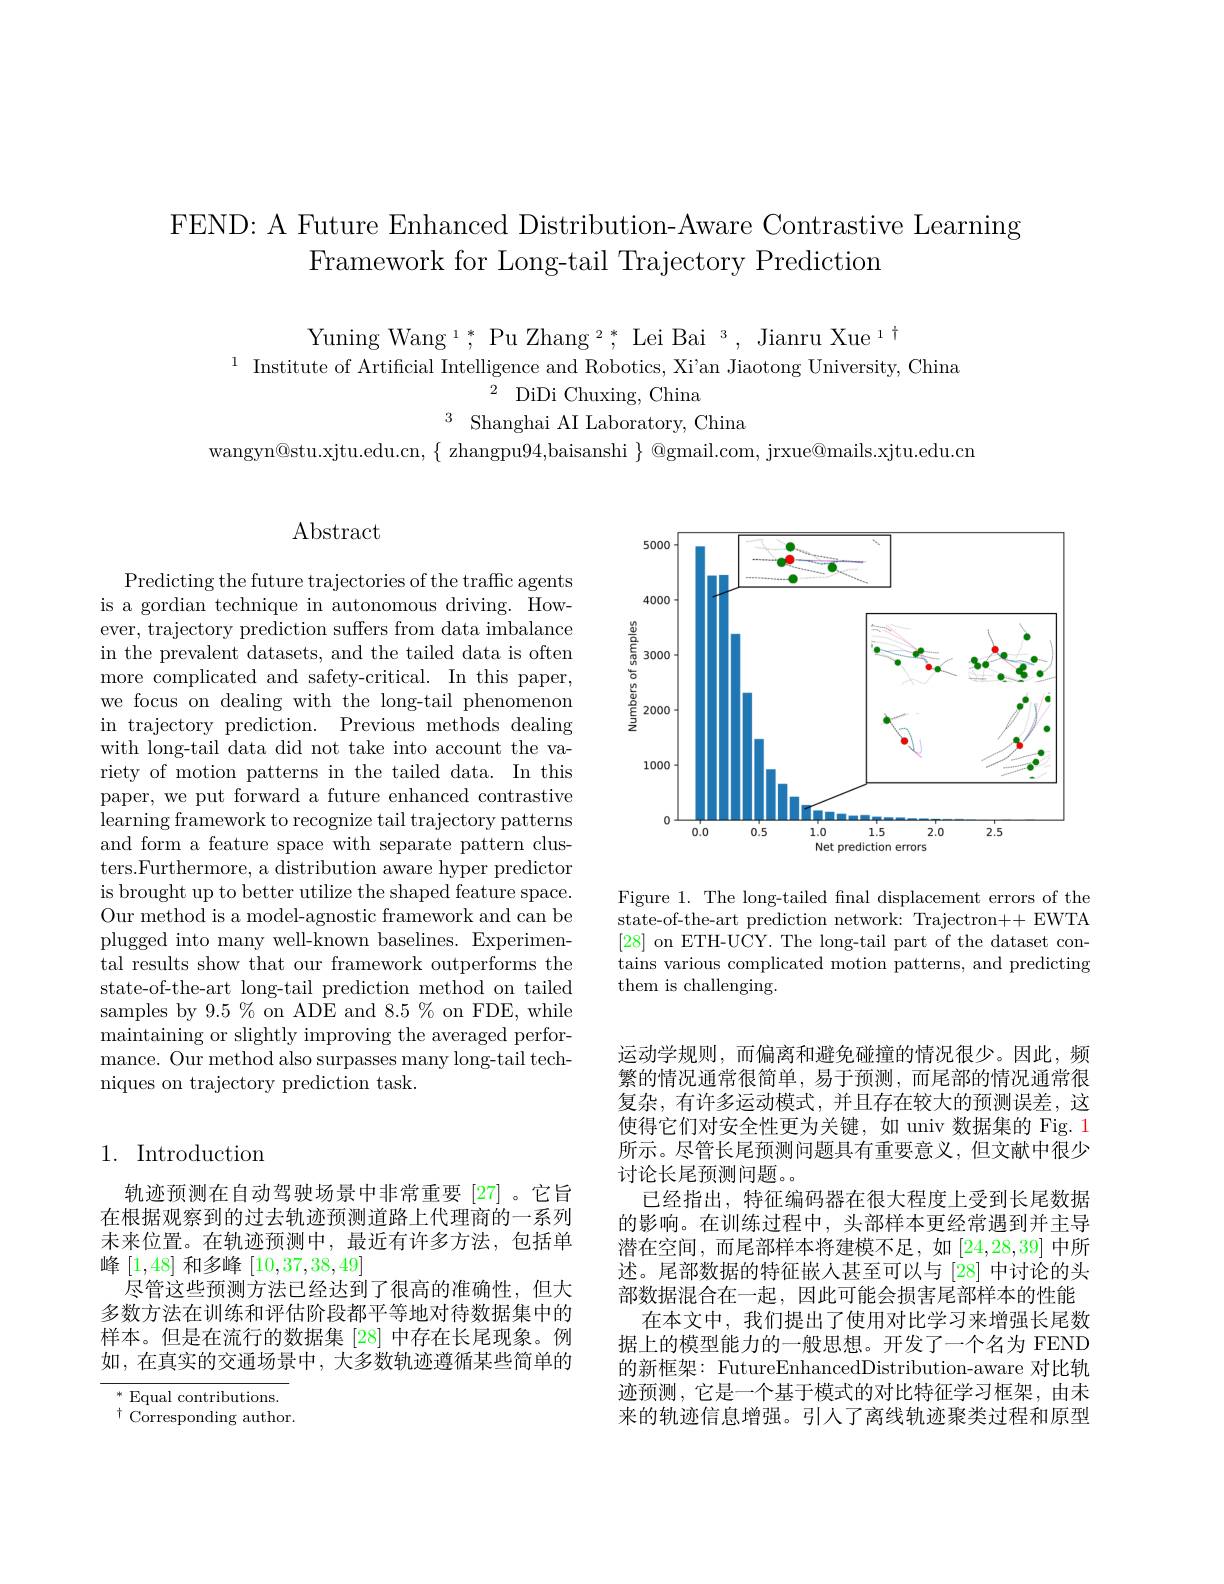
FEND: A Future Enhanced Distribution-Aware Contrastive Learning
Framework for Long-tail Trajectory Prediction

Yuning Wang $^1;\text{ Pu Zhang }^2,\text{ Lei Bai }^3$, Jianru Xue$^1\dagger$
$^{1}$ Institute of Artificial Intelligence and Robotics, Xi'an Jiaotong University, China
$^{2}$ DiDi Chuxing, China
$^{3}$ Shanghai AI Laboratory, China
wangyn@stu.xjtu.edu.cn, $\{$ zhangpu94,baisanshi $\}$ @gmail.com, jrxue@mails.xjtu.edu.cm

# $\operatorname{Abstract}$

Predicting the future trajectories of the traffic agents is a gordian technique in autonomous driving. However, trajectory prediction suffers from data imbalance in the prevalent datasets, and the tailed data is often more complicated and safety-critical. In this paper, we focus on dealing with the long-tail phenomenon in trajectory prediction. Previous methods dealing with long-tail data did not take into account the variety of motion patterns in the tailed data. In this paper, we put forward a future enhanced contrastive learning framework to recognize tail trajectory patterns and form a feature space with separate pattern clusters.Furthermore, a distribution aware hyper predictor is brought up to better utilize the shaped feature space. Our method is a model-agnostic framework and can be plugged into many well-known baselines. Experimental results show that our framework outperforms the state-of-the-art long-tail prediction method on tailed samples by $9.5\%$ on ADE and 8.5% on FDE, while maintaining or slightly improving the averaged performance. Our method also surpasses many long-tail techniques on trajectory prediction task.

# 1. Introduction

轨迹预测在自动驾驶场景中非常重要[27]。它旨在根据观察到的过去轨迹预测道路上代理商的一系列未来位置。在轨迹预测中，最近有许多方法，包括单峰[1,48]和多峰[10,37,38,49]
尽管这些预测方法已经达到了很高的准确性，但大多数方法在训练和评估阶段都平等地对待数据集中的样本。但是在流行的数据集[28]中存在长尾现象。例如，在真实的交通场景中，大多数轨迹遵循某些简单的

$^*$ Equal contributions.
$^{\dagger}{\mathrm{~Corresponding~author.}}$

<FigureHere>

Figure 1. The long-tailed fnal displacement errors of the state-of-the-art prediction network: Trajectron++ EWTA [28] on ETH-UCY. The long-tail part of the dataset contains various complicated motion patterns, and predicting them is challenging.

运动学规则，而偏离和避免碰撞的情况很少。因此，频繁的情况通常很简单，易于预测，而尾部的情况通常很复杂，有许多运动模式，并且存在较大的预测误差，这使得它们对安全性更为关键，如 univ 数据集的 Fig. 1所示。尽管长尾预测问题具有重要意义，但文献中很少讨论长尾预测问题。
已经指出，特征编码器在很大程度上受到长尾数据的影响。在训练过程中，头部样本更经常遇到并主导潜在空间，而尾部样本将建模不足，如[24,28,39]中所述。尾部数据的特征嵌人甚至可以与 [28] 中讨论的头部数据混合在一起，因此可能会损害尾部样本的性能
在本文中，我们提出了使用对比学习来增强长尾数据上的模型能力的一般思想。开发了一个名为 FEND 的新框架：FutureEnhancedDistribution-aware 对比轨迹预测，它是一个基于模式的对比特征学习框架，由未来的轨迹信息增强。引人了离线轨迹聚类过程和原型